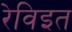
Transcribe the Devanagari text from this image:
रेविइत